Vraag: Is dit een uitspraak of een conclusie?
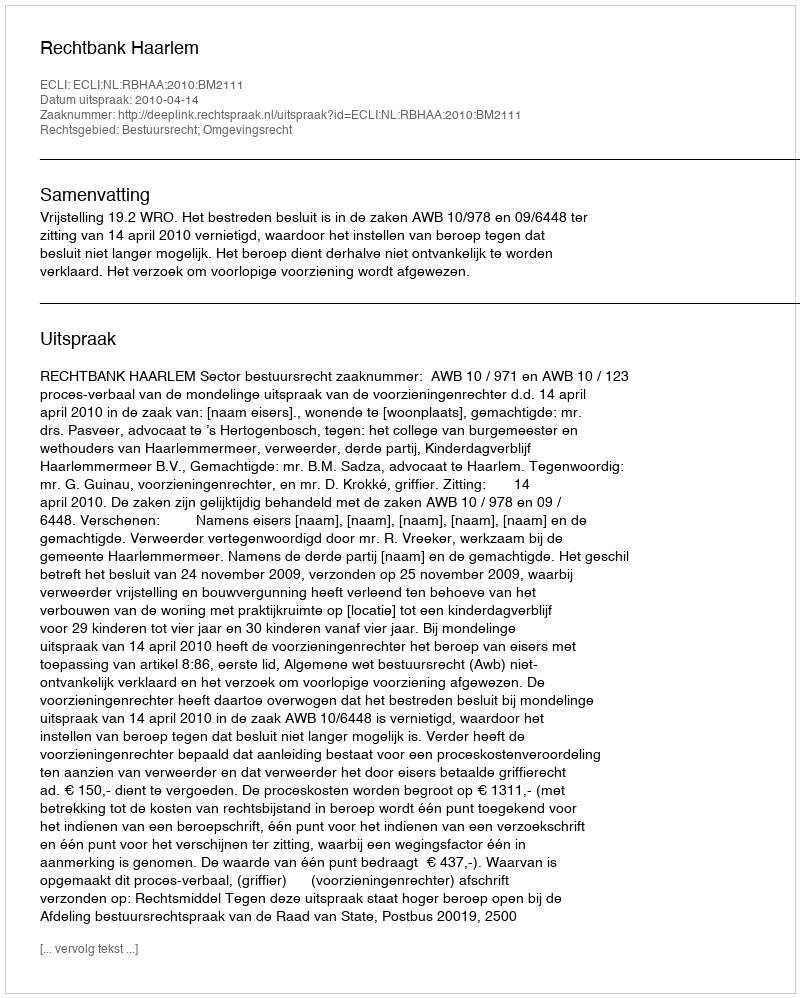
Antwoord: Uitspraak